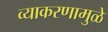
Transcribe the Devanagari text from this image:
व्याकरणामुळे